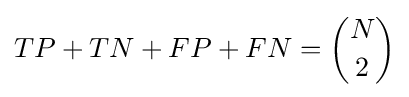
TP+TN+FP+FN={\binom {N}{2}}